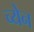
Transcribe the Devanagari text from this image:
च्येन